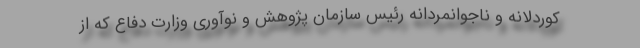
کوردلانه و ناجوانمردانه رئیس سازمان پژوهش و نوآوری وزارت دفاع که از